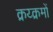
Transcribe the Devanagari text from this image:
क्रय्क्रमों